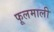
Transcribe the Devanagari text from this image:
फूलमाली